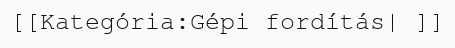
[[Kategória:Gépi fordítás| ]]